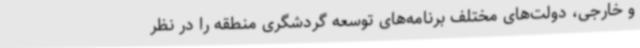
و خارجی، دولت‌های مختلف برنامه‌های توسعه گردشگری منطقه را در نظر